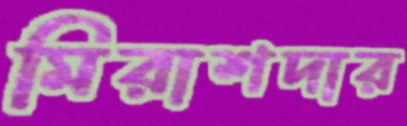
মিরাশদার